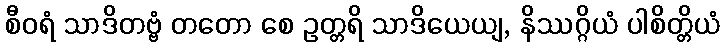
စီဝရံ သာဒိတဗ္ဗံ တတော စေ ဥတ္တရိ သာဒိယေယျ, နိဿဂ္ဂိယံ ပါစိတ္တိယံ